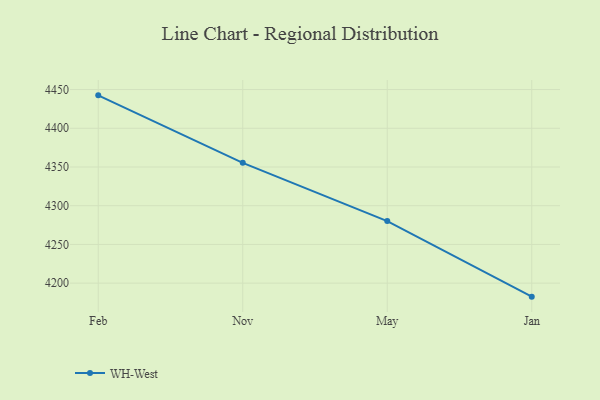
{"axis": {"x": "Month", "y": "Net Income (USD K)"}, "legend": ["WH-West"], "data": [{"x": "Feb", "y": 4442.5, "type": "WH-West"}, {"x": "Nov", "y": 4355.4, "type": "WH-West"}, {"x": "May", "y": 4280.2, "type": "WH-West"}, {"x": "Jan", "y": 4182.6, "type": "WH-West"}]}